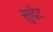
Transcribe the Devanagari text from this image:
सुदेट